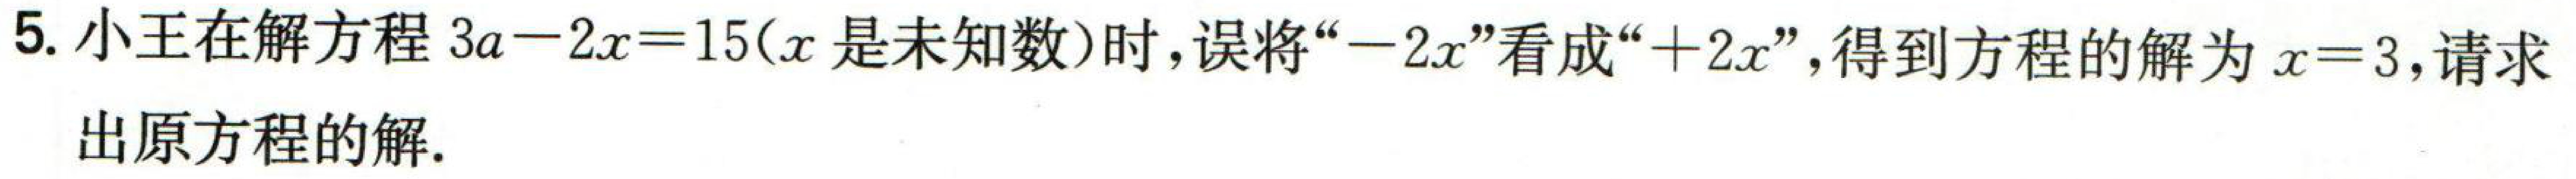
5. 小王在解方程\(3a - 2x = 15\)(\(x\)是未知数) 时，误将“\(-2x\)”看成“\(+2x\)”，得到方程的解为\(x = 3\)，请求出原方程的解．